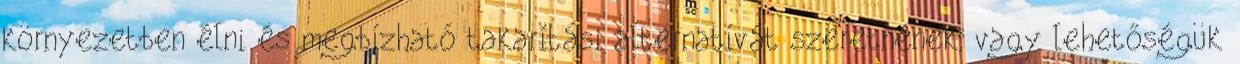
környezetben élni és megbízható takarítási alternatívát szeretnének, vagy lehetőségük